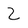
Character: Z